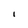
Character: I